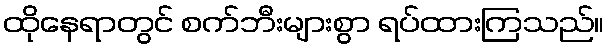
ထိုနေရာတွင် စက်ဘီးများစွာ ရပ်ထားကြသည်။